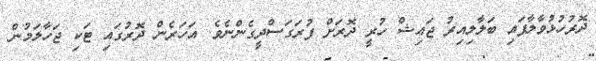
ދޮރުހުޅުވާލާފައި ބަލާލިއިރު ޖައިޝް ހުރީ ދޮރަށް ފުރަގަސްދީގެންނެވެ. އަހަރެން ދޮރުގައި ޓަކި ޖަހާލަމުން